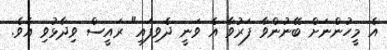
އެ މީހުންނަށް ބޭނުންވާ ފަރުވާ އެ ވަނީ ދެވިފައި" ރައީސް ވިދާޅުވި އެވެ.